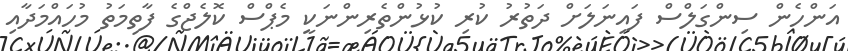
އަންހެން ސިންގަލްސް ފައިނަލަށް ދަތުރު ކުރި ކުޅުންތެރިންނަކީ މެޕްސް ކޮލެޖްގެ ފާތިމަތު މުހައްމަދާއި